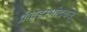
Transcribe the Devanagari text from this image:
प्रावृडम्भोदवत्